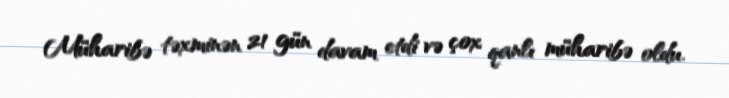
Müharibə təxminən 21 gün davam etdi və çox qanlı müharibə oldu.